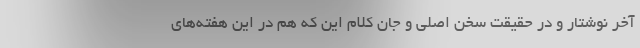
آخر نوشتار و در حقیقت سخن اصلی و جان کلام این که هم در این هفته‌های